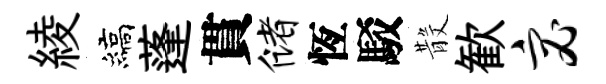
綾縞蓬貫储恆駁𣪚歓宓